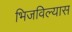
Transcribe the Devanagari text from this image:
भिजविल्यास